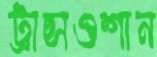
ট্রান্সওশান